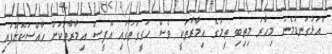
"އަޅުގަނޑުމެން މިހާރު މިތިބި ތީމުގެ އިމާރާތަކީ ވެސް ހަގީގަތުގައި އޮފީސް އިމާރާތަކަށް ހާއްސަކޮށްފައި